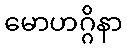
မောဟဂ္ဂိနာ